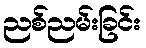
ညစ်ညမ်းခြင်း